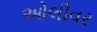
ઓલીવર